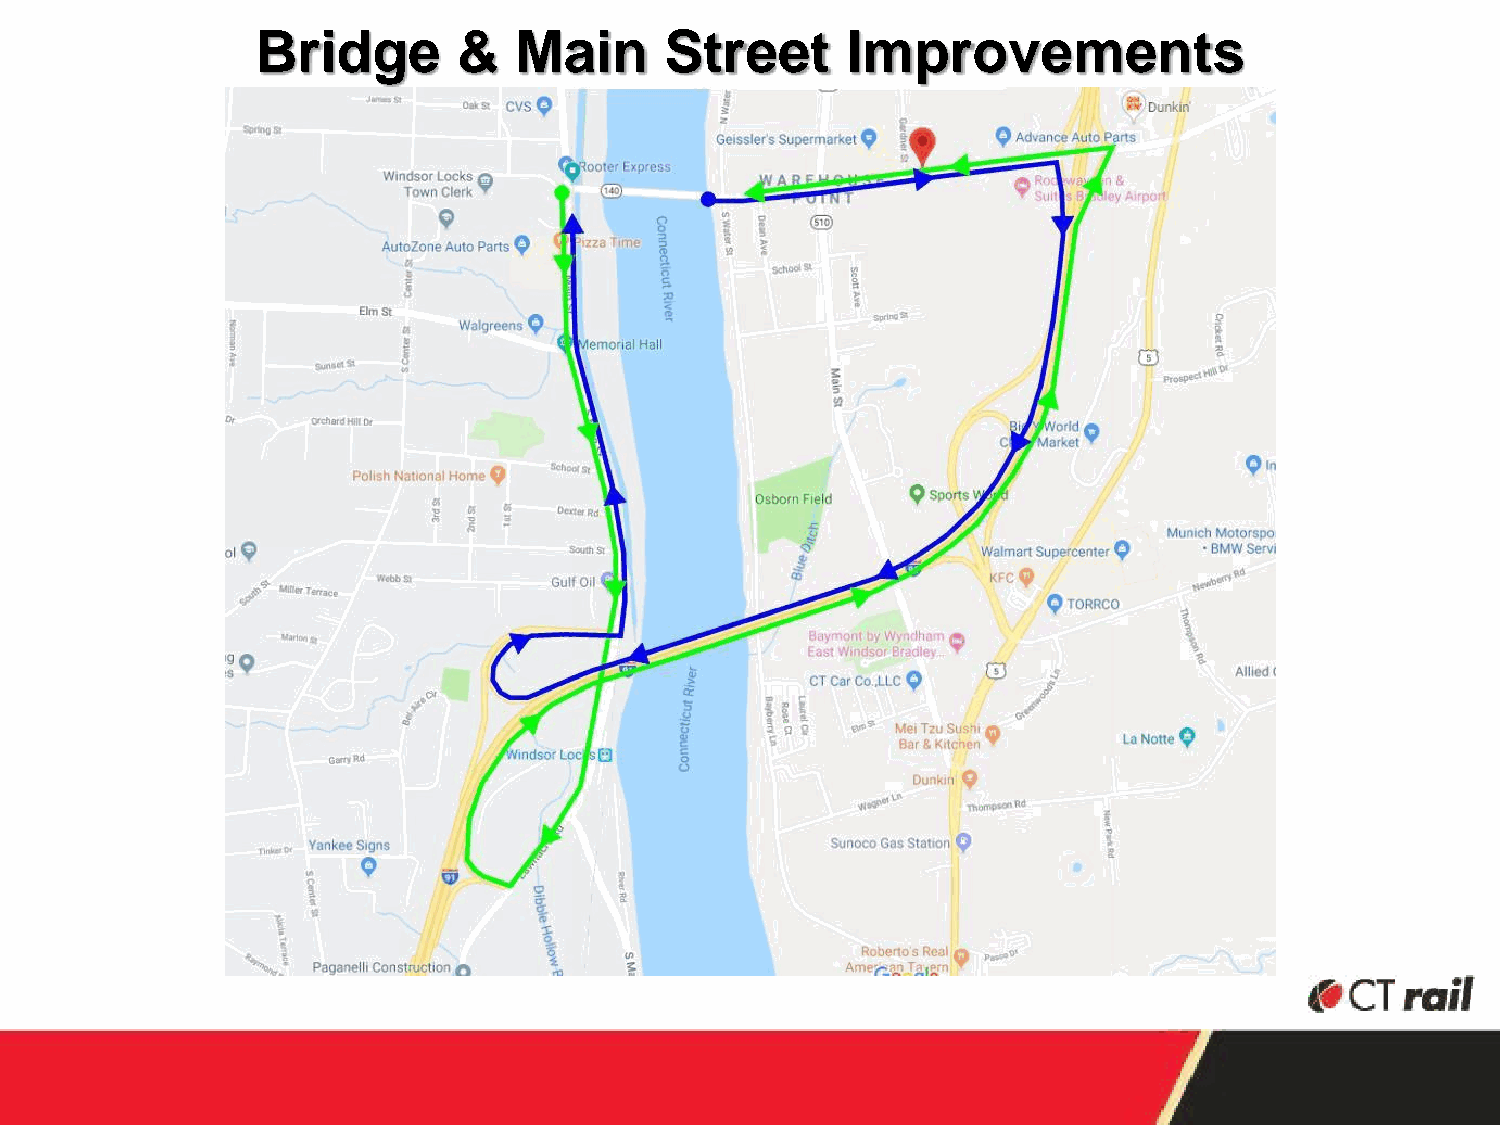
Bridge       &   Main      Street      Improvements
 17